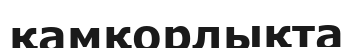
қамқорлықта